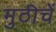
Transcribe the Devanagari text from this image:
मुठीचें